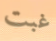
غبت